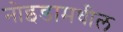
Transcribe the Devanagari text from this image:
नोइडामधील